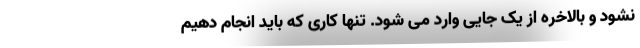
نشود و بالاخره از یک جایی وارد می شود. تنها کاری که باید انجام دهیم